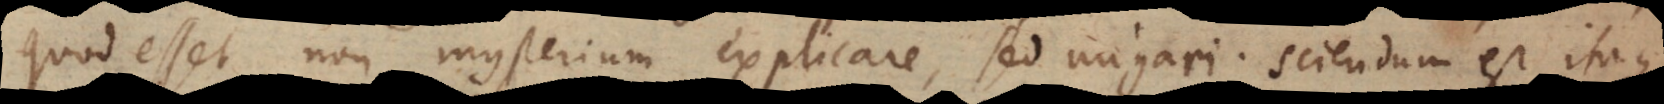
quod esset non mysterium explicare, sed nugari; sciendum est itaque